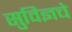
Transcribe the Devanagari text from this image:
सुविज्ञचे